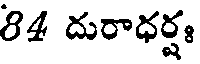
84 దురాధర్షః